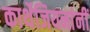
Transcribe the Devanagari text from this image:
कार्थेजियनांनीं